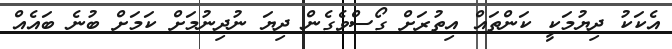
އެކަކު ދިޔުމަކީ ކަންތައް އިތުރަށް ގޯސްވެގެން ދިޔަ ނުދިނުމަށް ކަމަށް ބުނެ ބައެއް